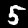
Label: 5